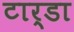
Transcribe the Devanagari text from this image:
टार्डा